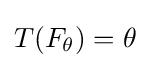
T(F_{\theta })=\theta